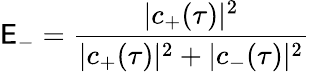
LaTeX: \mathsf{E}_{-}=\frac{{|c_{+}(\tau)|^{2}}}{{|c_{+}(\tau)|^{2}+|c_{-}(\tau)|^{2}}}